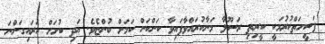
ފަޟީހަތްކުރުމަކީ ކީރިތި ރަސޫލާ މަނާކުރައްވާފައިވާ ކަންކަން ކަމަށް ބުންޏެވެ. އަދި ކުށަށް އަރައިގަންނަ